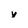
Character: v